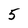
Character: 5